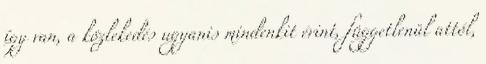
így van, a közlekedés ugyanis mindenkit érint, függetlenül attól,